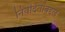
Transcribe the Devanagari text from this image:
निवेदितांबद्दल